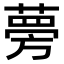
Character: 𫉐